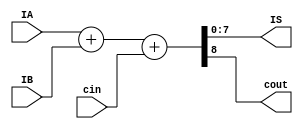
module Adder(
	input [7:0]IA,
	input [7:0]IB,
	input cin,
	output [7:0] IS,
	output cout

);

 
// los primeros 8 bits me los metes a IS y el +1 a cout
assign {cout,IS} = IA + IB + cin;



endmodule